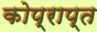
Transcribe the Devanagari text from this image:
कोप्राप्त